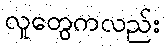
လူတွေကလည်း